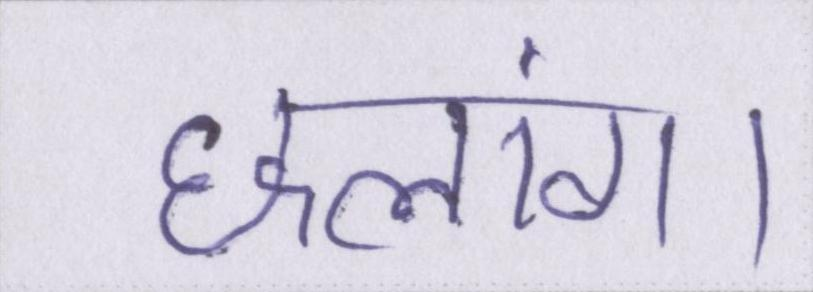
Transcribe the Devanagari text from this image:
छलांग।